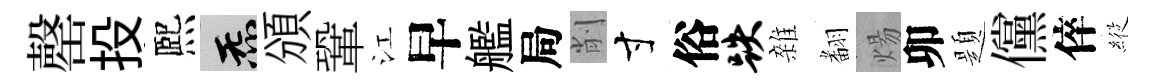
罄投熈炁頒鞏江早艦局削寸俗跌雜𮋒煬卯題儻倅𦂵